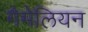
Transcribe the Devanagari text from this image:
गैमेलियन